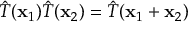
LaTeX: { \hat { T } } ( \mathbf { x } _ { 1 } ) { \hat { T } } ( \mathbf { x } _ { 2 } ) = { \hat { T } } ( \mathbf { x } _ { 1 } + \mathbf { x } _ { 2 } )